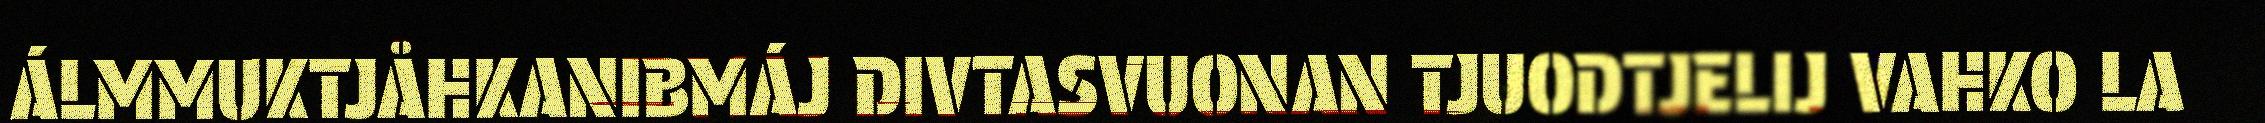
ÁLMMUKTJÅHKANIBMÁJ DIVTASVUONAN TJUODTJELIJ VAHKO LA